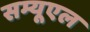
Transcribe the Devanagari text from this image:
सम्यूएल